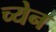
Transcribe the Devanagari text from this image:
च्येन